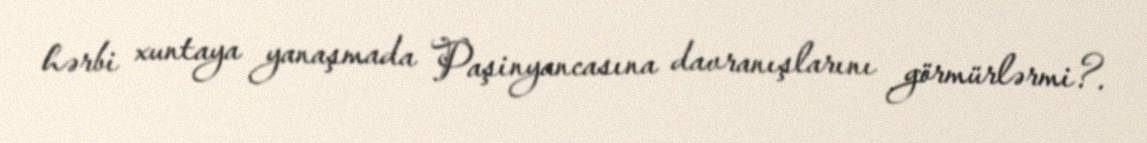
hərbi xuntaya yanaşmada Paşinyancasına davranışlarını görmürlərmi?.